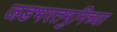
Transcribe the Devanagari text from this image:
जडभरतमुनिच्या